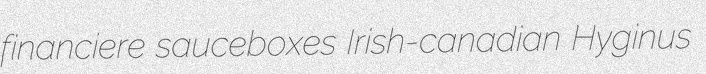
financiere sauceboxes Irish-canadian Hyginus